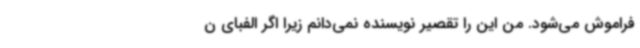
فراموش می‌شود. من این را تقصیر نویسنده نمی‌دانم زیرا اگر الفبای ن